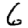
Digit: 6